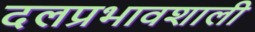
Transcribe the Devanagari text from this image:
दलप्रभावशाली